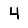
Digit: 4